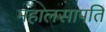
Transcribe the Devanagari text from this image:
महालसापति